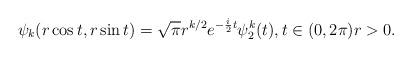
LaTeX: \begin{align*}\psi_k (r\cos t,r\sin t)= \sqrt\pi r^{k/2} e^{-\frac{i}{2}t}\psi^k_2(t), t\in(0,2\pi)r>0. \end{align*}